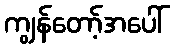
ကျွန်တော့်အပေါ်